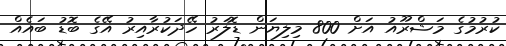
ކުރުމުގެ މަޝްރޫއު އަށް 800 މިލިޔަން ޑޮލަރު ހޭދަކުރާއިރު އޭގެ ބޮޑު ބައެއް